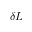
\delta L